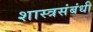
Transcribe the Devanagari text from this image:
शास्त्रसंबंधी